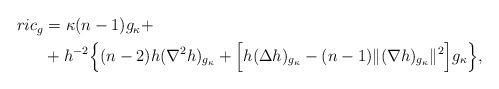
LaTeX: \begin{align*} \begin{aligned} ric_g&=\kappa(n-1)g_\kappa+\\ &+h^{-2}\Big\{(n-2)h(\nabla^2h)_{g_\kappa}+\Big[h(\Delta h)_{g_\kappa}-(n-1)\|(\nabla h)_{g_\kappa}\|^2\Big]g_\kappa\Big\}, \end{aligned} \end{align*}